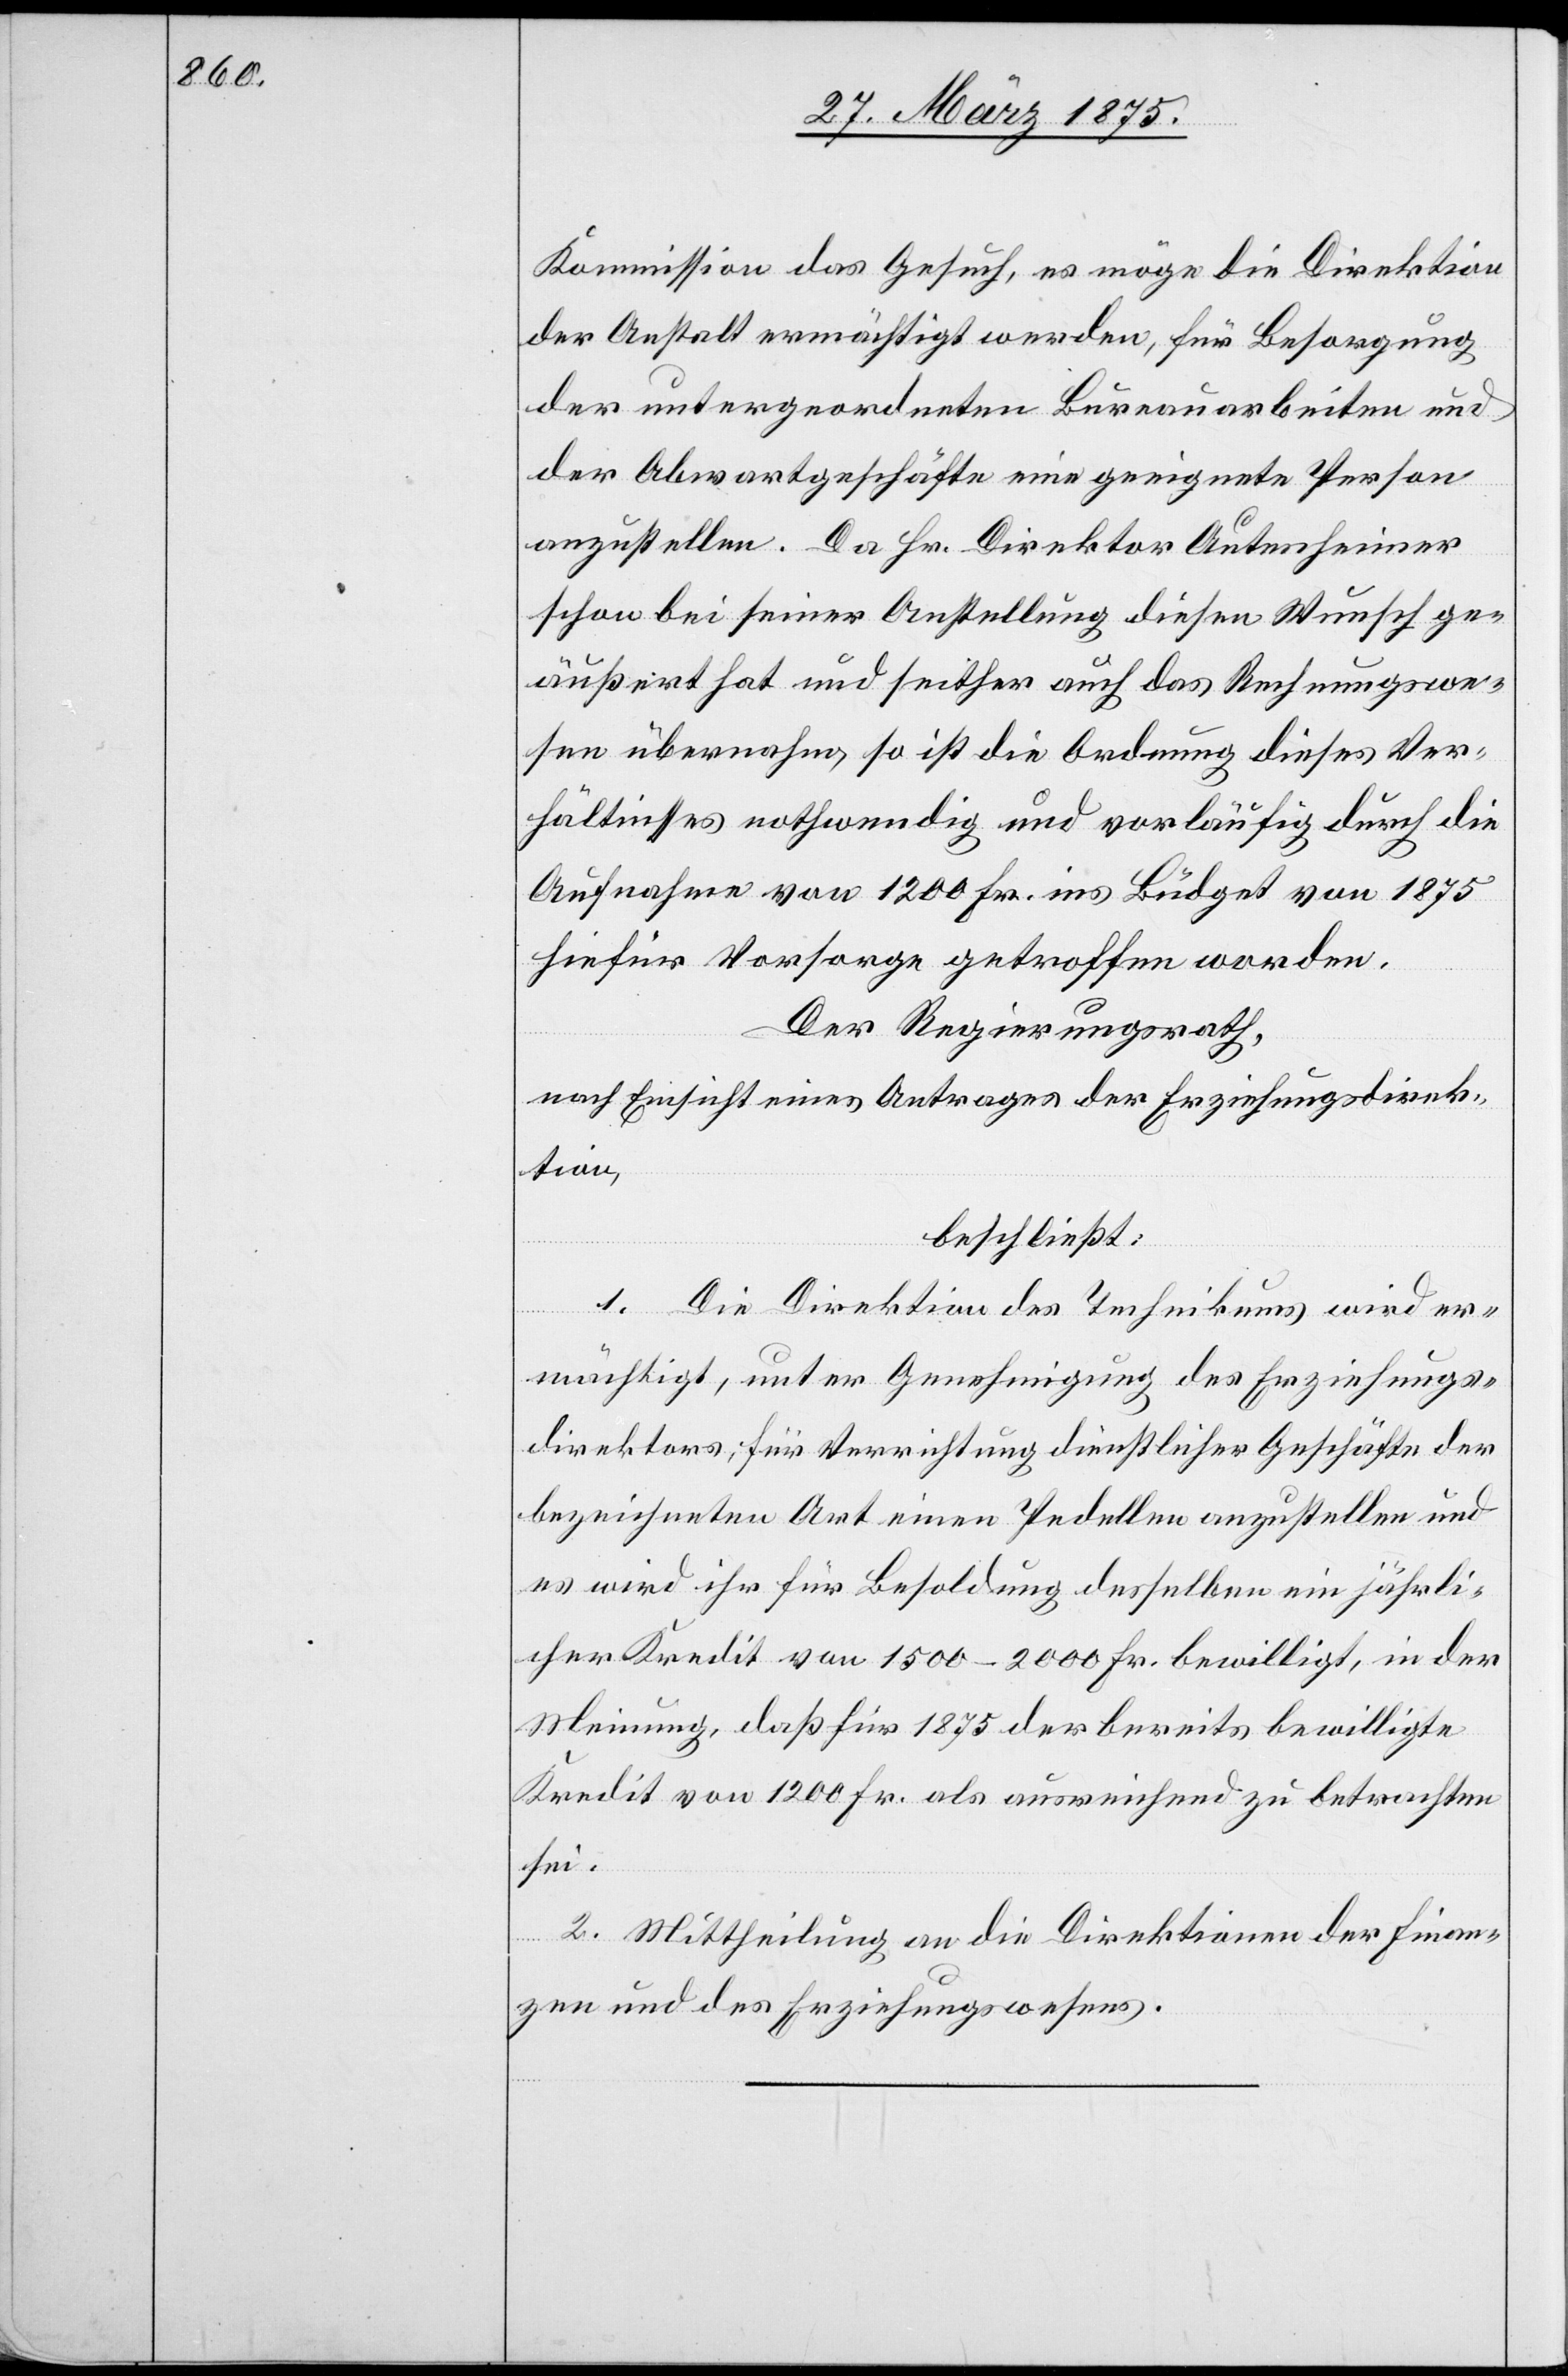
Kommission das Gesuch, es möge die Direktion
der Anstalt ermächtigt werden, für Besorgung
der untergeordneten Bureauarbeiten und
der Abwartgeschäfte eine geeignete Person
anzustellen. Da Hr. Direktor Autenheimer
schon bei seiner Anstellung diesen Wunsch ge¬
äußert hat und seither auch das Rechnungswe¬
sen übernahm, so ist die Ordnung dieses Ver¬
hältnisses nothwendig und vorläufig durch die
Aufnahme von 1200 Fr. ins Büdget von 1875
hiefür Vorsorge getroffen worden.
Der Regierungsrath,
nach Einsicht eines Antrages der Erziehungsdirek¬
tion,
beschließt:
1. Die Direktion des Technikums wird er¬
mächtigt, unter Genehmigung des Erziehungs¬
direktors; für Verrichtung dienstlicher Geschäfte der
bezeichneten Art einen Pedellen anzustellen und
es wird ihr für Besoldung desselben ein jährli¬
cher Kredit von 1500–2000 Fr. bewilligt, in der
Meinung, daß für 1875 der bereits bewilligte
Kredit von 1200 Fr. als ausreichend zu betrachten
sei.
2. Mittheilung an die Direktionen der Finan¬
zen und des Erziehungswesens.